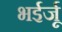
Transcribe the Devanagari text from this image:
भईर्जू